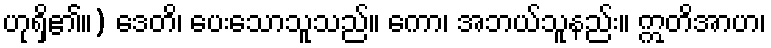
ဟုရှိ၏။) ဒေတိ၊ ပေးသောသူသည်။ ကော၊ အဘယ်သူနည်း။ ဣတိအာဟ၊